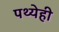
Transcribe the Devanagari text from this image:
पथ्येही